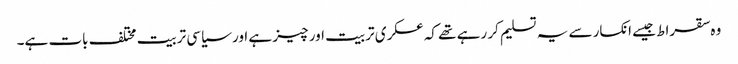
وہ سقراط جیسے انکسار سے یہ تسلیم کر رہے تھے کہ عسکری تربیت اور چیز ہے اور سیاسی تربیت مختلف بات ہے۔